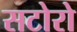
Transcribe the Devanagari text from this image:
सटोरो